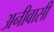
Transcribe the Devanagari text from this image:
अनीवासी